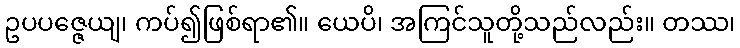
ဥပပဇ္ဇေယျ၊ ကပ်၍ဖြစ်ရာ၏။ ယေပိ၊ အကြင်သူတို့သည်လည်း။ တဿ၊